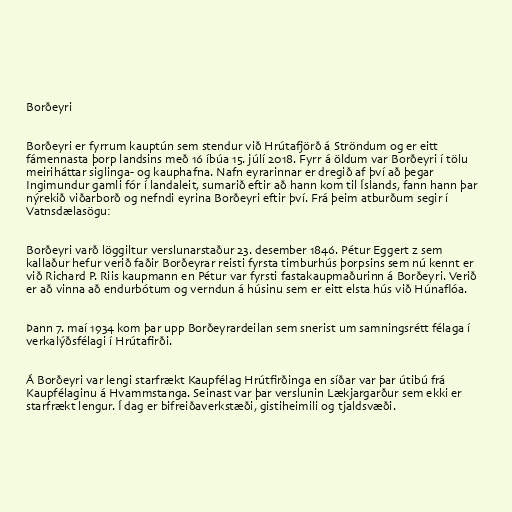
Borðeyri

Borðeyri er fyrrum kauptún sem stendur við Hrútafjörð á Ströndum og er eitt
fámennasta þorp landsins með 16 íbúa 15. júlí 2018. Fyrr á öldum var Borðeyri í tölu
meiriháttar siglinga- og kauphafna. Nafn eyrarinnar er dregið af því að þegar
Ingimundur gamli fór í landaleit, sumarið eftir að hann kom til Íslands, fann hann þar
nýrekið viðarborð og nefndi eyrina Borðeyri eftir því. Frá þeim atburðum segir í
Vatnsdælasögu:

Borðeyri varð löggiltur verslunarstaður 23. desember 1846. Pétur Eggert z sem
kallaður hefur verið faðir Borðeyrar reisti fyrsta timburhús þorpsins sem nú kennt er
við Richard P. Riis kaupmann en Pétur var fyrsti fastakaupmaðurinn á Borðeyri. Verið
er að vinna að endurbótum og verndun á húsinu sem er eitt elsta hús við Húnaflóa.

Þann 7. maí 1934 kom þar upp Borðeyrardeilan sem snerist um samningsrétt félaga í
verkalýðsfélagi í Hrútafirði.

Á Borðeyri var lengi starfrækt Kaupfélag Hrútfirðinga en síðar var þar útibú frá
Kaupfélaginu á Hvammstanga. Seinast var þar verslunin Lækjargarður sem ekki er
starfrækt lengur. Í dag er bifreiðaverkstæði, gistiheimili og tjaldsvæði.